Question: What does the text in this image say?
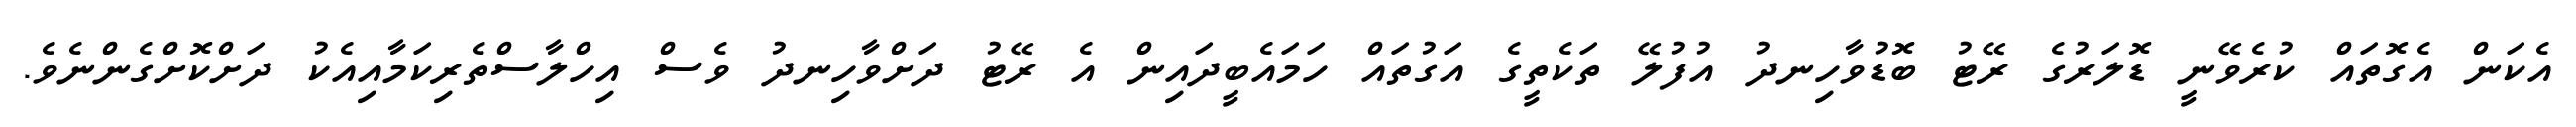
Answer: އެކަން އެގޮތައް ކުރެވޭނީ ޑޮލަރުގެ ރޭޓު ބޮޑުވާހިނދު އުފުލޭ ތަކެތީގެ އަގުތައް ހަމައެބީދައިން އެ ރޭޓު ދަށްވާހިނދު ވެސް އިހްލާސްތެރިކަމާއިއެކު ދަށްކޮށްގެންނެވެ.